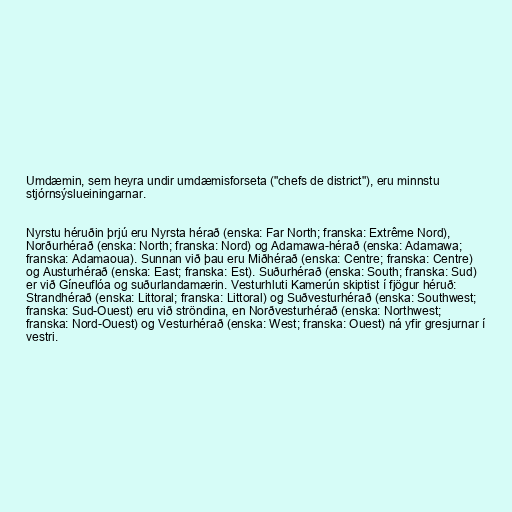
Umdæmin, sem heyra undir umdæmisforseta ("chefs de district"), eru minnstu
stjórnsýslueiningarnar.

Nyrstu héruðin þrjú eru Nyrsta hérað (enska: Far North; franska: Extrême Nord),
Norðurhérað (enska: North; franska: Nord) og Adamawa-hérað (enska: Adamawa;
franska: Adamaoua). Sunnan við þau eru Miðhérað (enska: Centre; franska: Centre)
og Austurhérað (enska: East; franska: Est). Suðurhérað (enska: South; franska: Sud)
er við Gíneuflóa og suðurlandamærin. Vesturhluti Kamerún skiptist í fjögur héruð:
Strandhérað (enska: Littoral; franska: Littoral) og Suðvesturhérað (enska: Southwest;
franska: Sud-Ouest) eru við ströndina, en Norðvesturhérað (enska: Northwest;
franska: Nord-Ouest) og Vesturhérað (enska: West; franska: Ouest) ná yfir gresjurnar í
vestri.